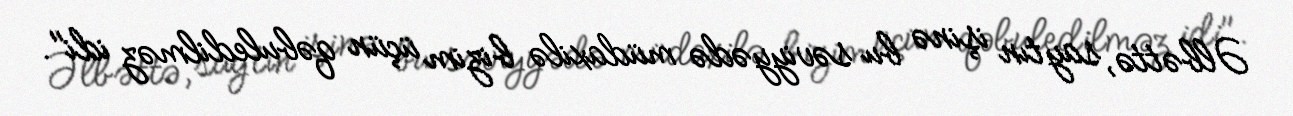
Əlbəttə, saytın işinə bu səviyyədə müdaxilə bizim üçün qəbuledilməz idi".